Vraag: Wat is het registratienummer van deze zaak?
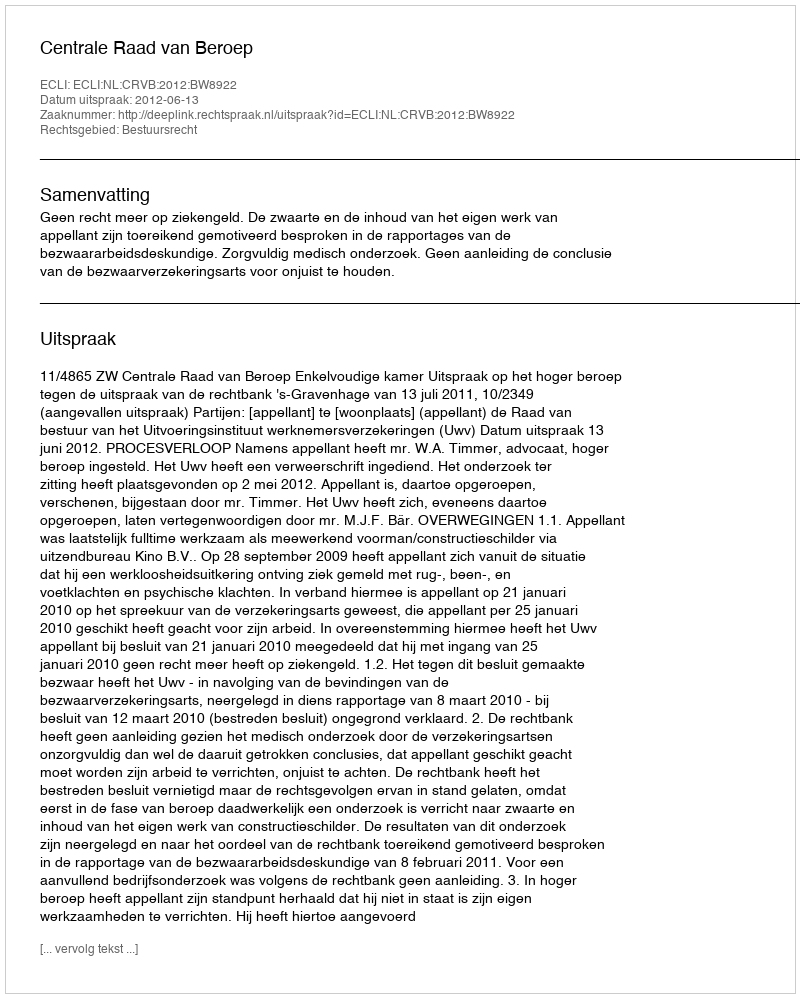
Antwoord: http://deeplink.rechtspraak.nl/uitspraak?id=ECLI:NL:CRVB:2012:BW8922